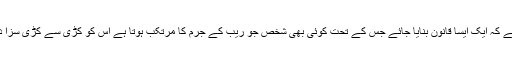
اس مسئلے کے پیش نظر بھارت میں ایک نئی سیاسی بحث چھڑ گئی ہے کہ ایک ایسا قانون بنایا جائے جس کے تحت کوئی بھی شخص جو ریب کے جرم کا مرتکب ہوتا ہے اس کو کڑی سے کڑی سزا دی جائے ، پھر چاہے ان کی عمریں 18 سا ل سے کم ہی کیوں نہ ہوں۔